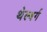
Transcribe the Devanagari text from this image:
थेल्बर्ग